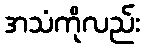
အသံကိုလည်း